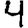
Digit: 4